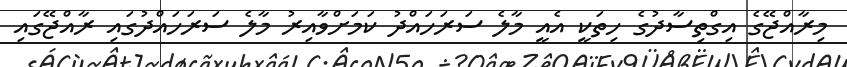
މިރާއްޖޭގެ އިގްތިސާދުގެ ހިތަކީ އެއީ މާލެ ސަރަހައްދު ކަމަށްވާއިރު މާލެ ސަރަހައްދުގައި ރާއްޖޭގައި